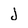
Character: j